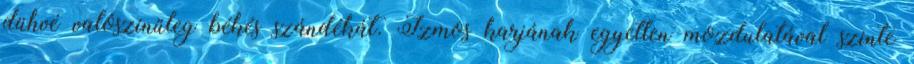
dühvé valószínűleg békés szándékát. Izmos karjának egyetlen mozdulatával szinte